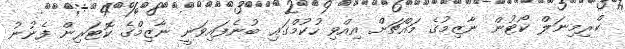
ކްރިމިނަލް ކޯޓުން ނާޒިމުގެ މައްޗަށް އިއްވި ހުކުމްގައި ބުނެފައިވަނީ ނާޒިމްގެ ކޮޓަރިން ފެނުނު